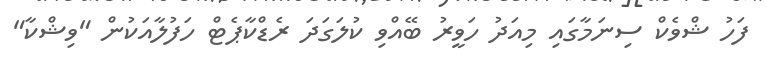
ފަހު ޝްވެކް ސިނަމާގައި މިއަދު ހަވީރު ބޭއްވި ކުލަގަދަ ރެޑްކާޕެޓް ހަފުލާއަކުން "ވިޝްކާ"